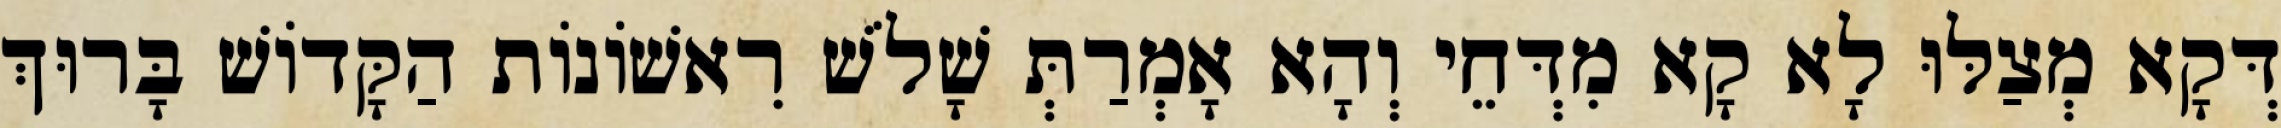
דְּקָא מְצַלּוּ לָא קָא מִדְּחֵי וְהָא אָמְרַתְּ שָׁלֹשׁ רִאשׁוֹנוֹת הַקָּדוֹשׁ בָּרוּךְ